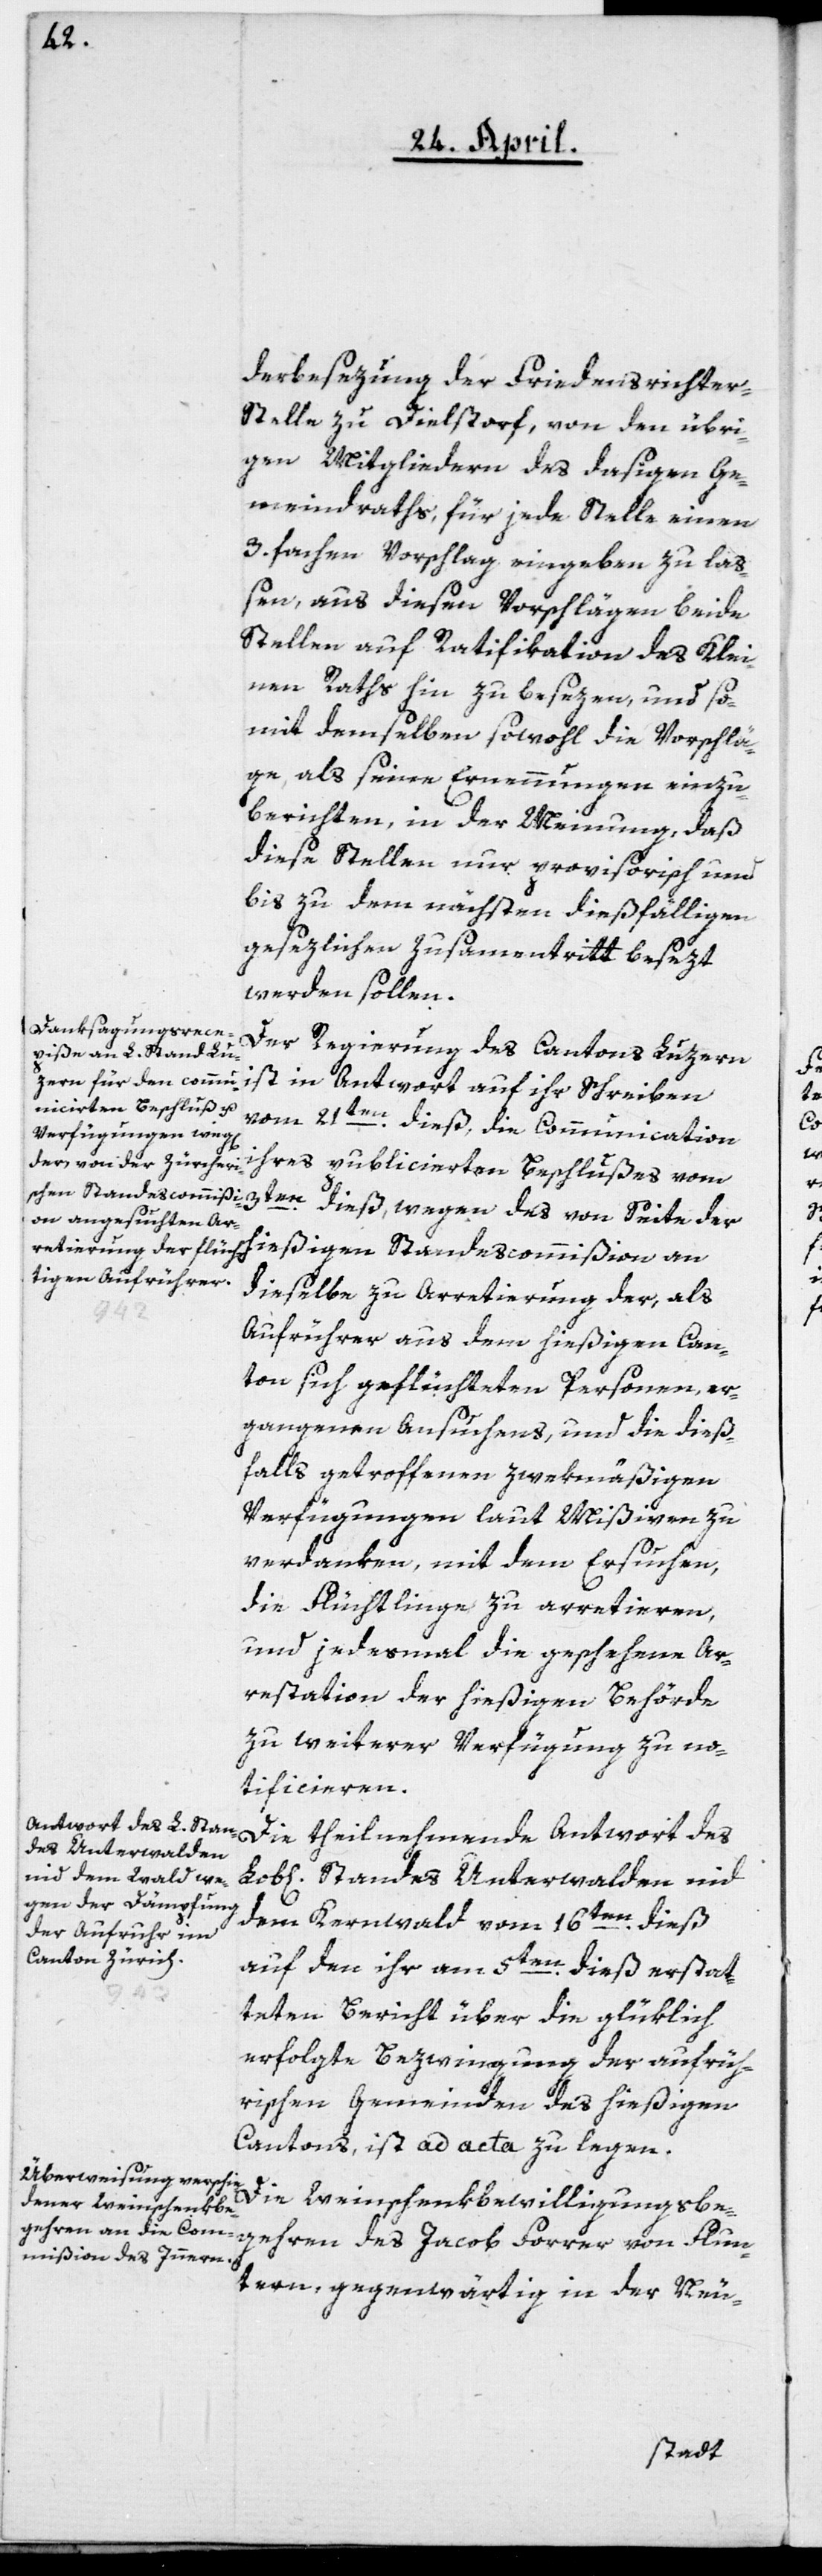
derbesezung der Friedensrichter-S¬
telle zu Dielstorf, von den übri¬
gen Mitgliedern des dasigen Ge¬
meindraths, für jede Stelle einen
3 fachen Vorschlag eingeben zu laß¬
en, aus diesen Vorschlägen beide
Stellen auf Ratifikation des Klei¬
nen Raths hin zu besezen, und so¬
mit demselben sowohl die Vorschlä¬
ge als seine Ernennungen einzu¬
berichten, in der Meinung, daß
diese Stellen nur provisorisch und
bis zu dem nächsten dießfälligen
gesezlichen Zusammentritt besezt
werden sollen.
Der Regierung des Cantons Luzern
ist in Antwort auf ihr Schreiben
vom 21ten dieß, die Communication
ihres publicierten Beschlußes vom
3ten dieß, wegen des von Seite der
hießigen Standescommißion an
dieselbe zu Arretierung der, als
Stan¬
Aufrührer aus dem hießigen Can¬
ton sich geflüchteten Personen, er¬
gangenen Ansuchens, und die dieß¬
falls getroffenen zwekmäßigen
Verfügungen, laut Mißiven, zu
verdanken, mit dem Ersuchen,
die Flüchtlinge zu arretieren,
und jedesmal die geschehene Ar¬
restation der hießigen Behörde
zu weiterer Verfügung zu no¬
tificieren.
des Unterwalden
dem Kernwald vom 16ten dieß,
auf den ihr am 5ten dieß erstat¬
teten Bericht über die glüklich
erfolgte Bezwingung der aufrüh¬
rischen Gemeinden des hießigen
Cantons, ist ad acta zu legen.
Die Weinschenkbewilligungsbe¬
gehren des Jacob Forrer von Flun¬
tern, gegenwärtig in der Neu-